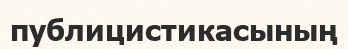
публицистикасының